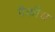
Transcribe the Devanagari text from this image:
पैकीच